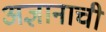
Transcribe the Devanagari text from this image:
अज्ञानाची